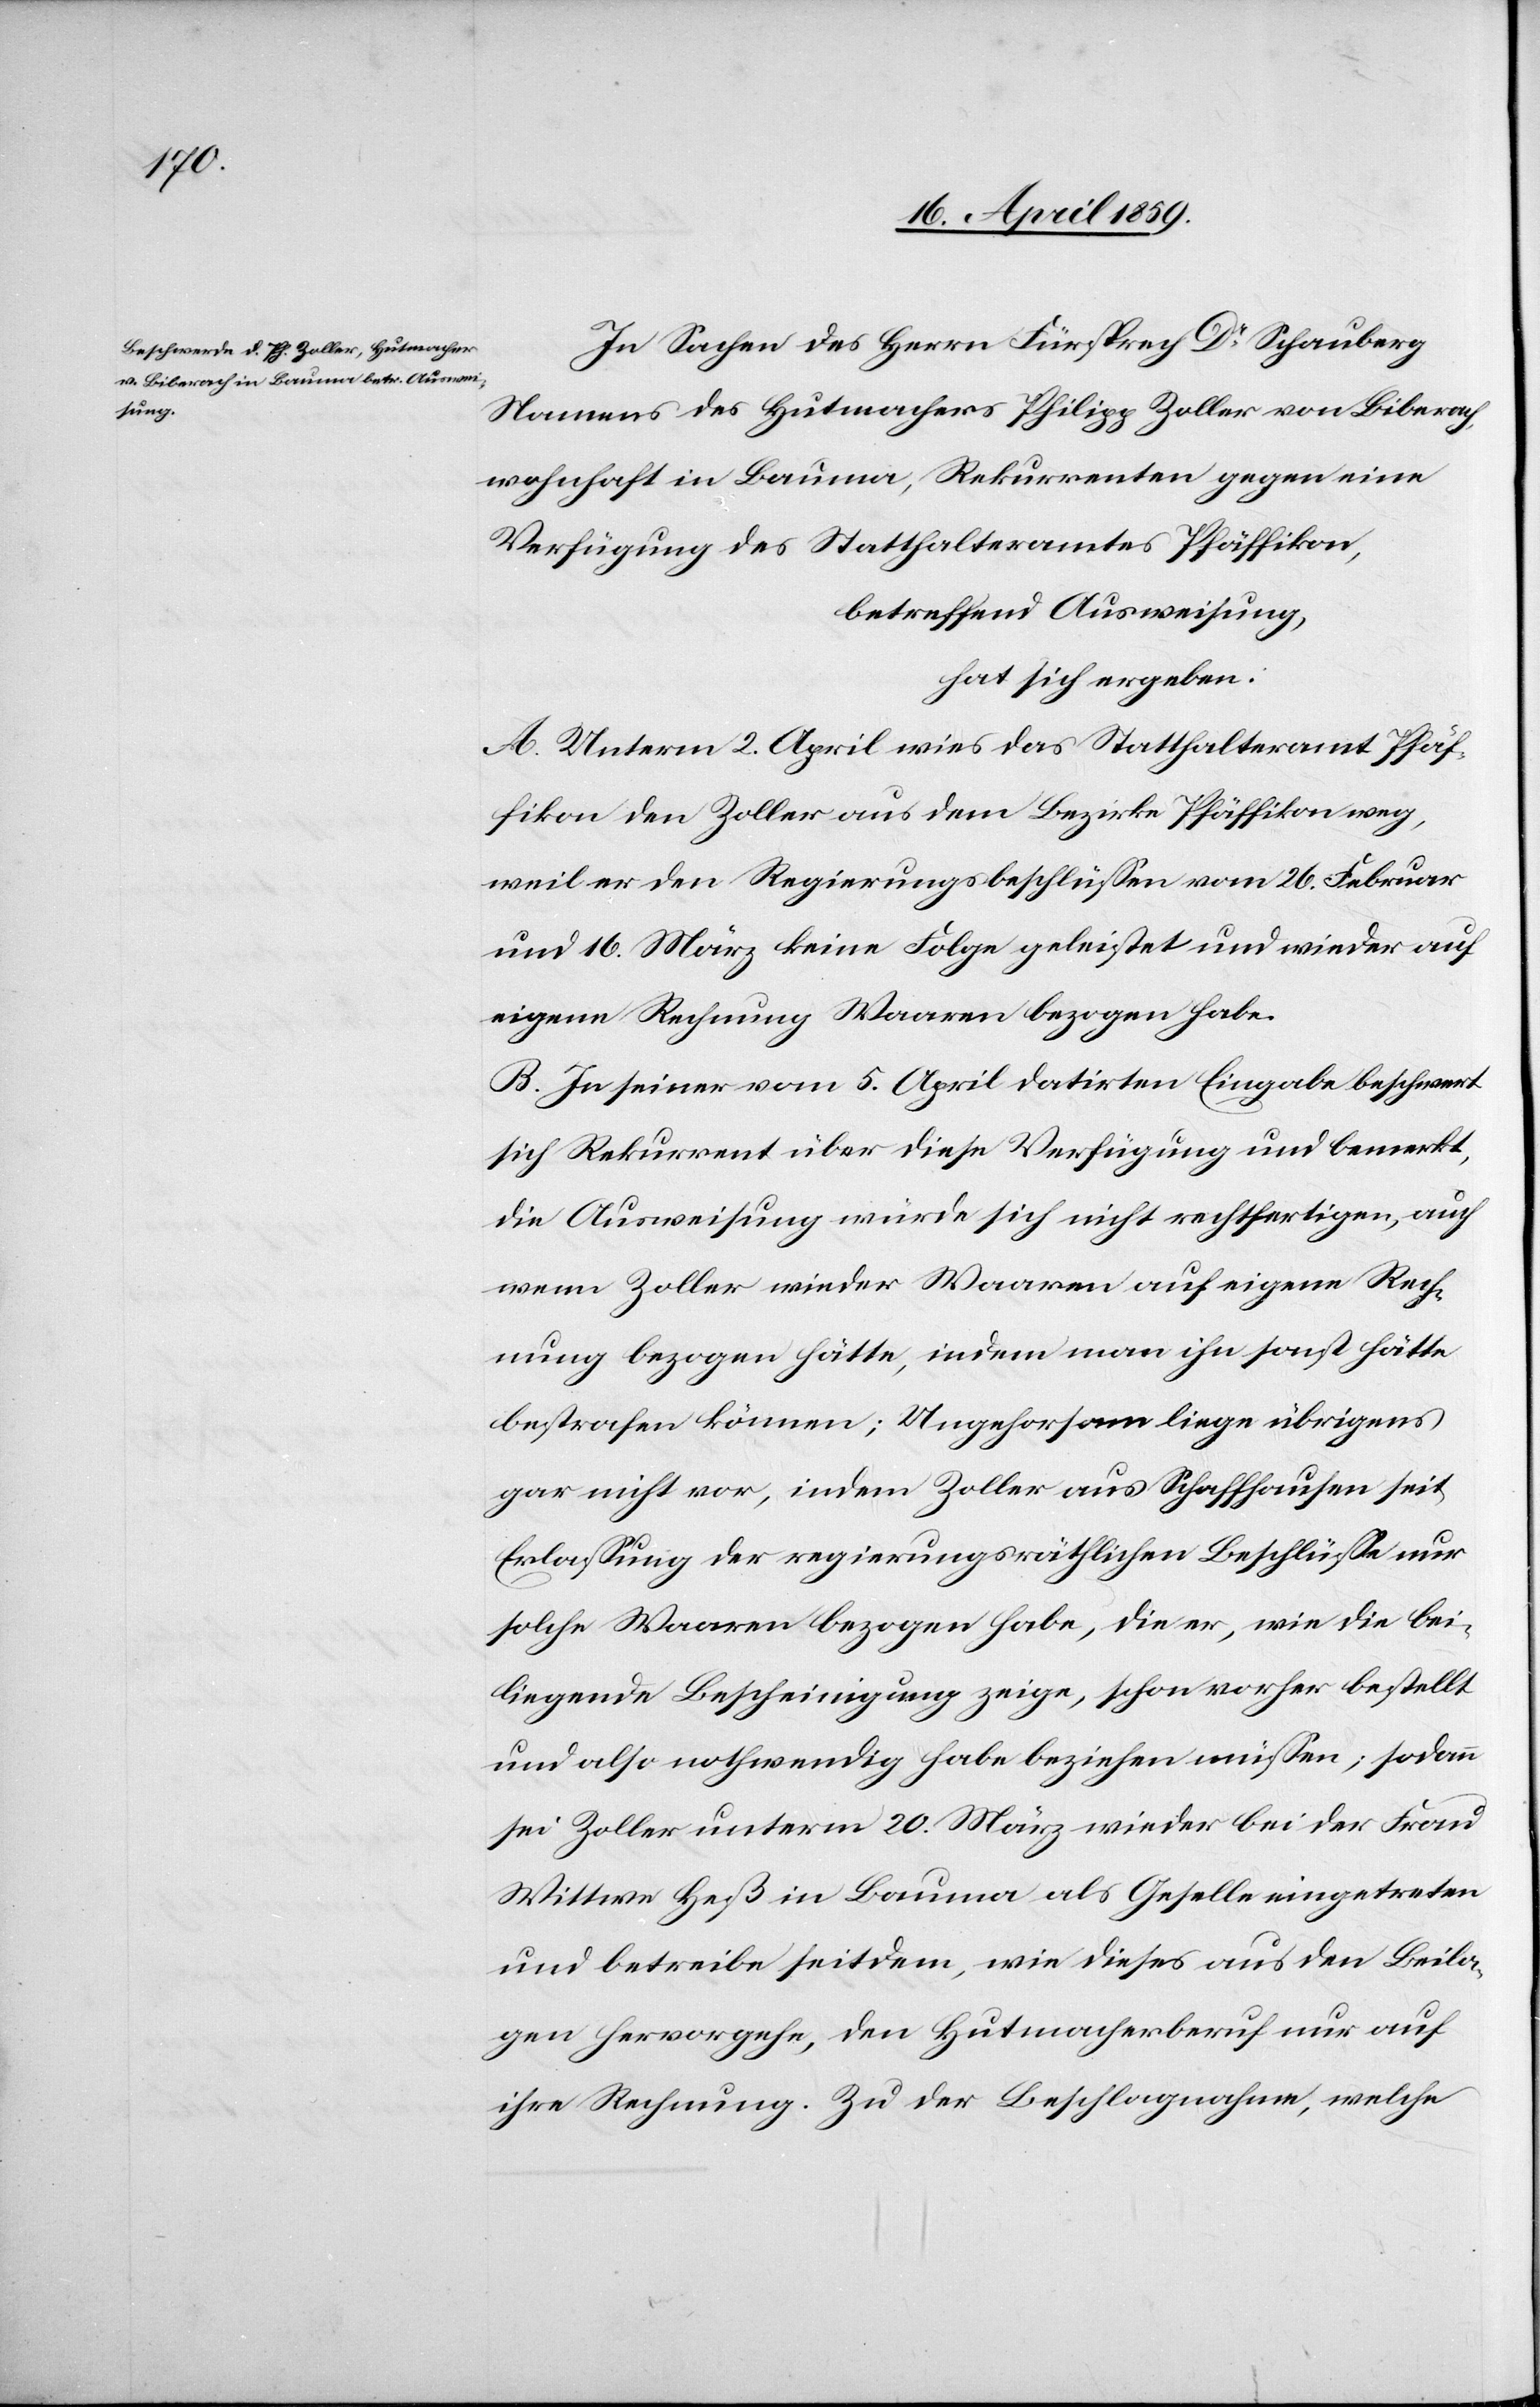
In Sachen des Herrn Fürsprech Dr. Schauberg
Namens des Hutmachers Philipp Zoller von Biberach,
wohnhaft in Bauma, Rekurrenten gegen eine
Verfügung des Statthalteramtes Pfäffikon,
betreffend Ausweisung,
hat sich ergeben:
A. Unterm 2. April wies das Statthalteramt Pfäf¬
fikon den Zoller aus dem Bezirke Pfäffikon weg,
weil er den Regierungsbeschlüßen vom 26. Februar
und 16. März keine Folge geleistet und wieder auf
eigene Rechnung Waaren bezogen habe.
B. In seiner vom 5. April datirten Eingabe beschwert
sich Rekurrent über diese Verfügung und bemerkt,
die Ausweisung würde sich nicht rechtfertigen, auch
wenn Zoller wieder Waaren auf eigene Rech¬
nung bezogen hätte, indem man ihn sonst hätte
bestrafen können; Ungehorsam liege übrigens
gar nicht vor, indem Zoller aus Schaffhausen seit
Erlaßung der regierungsräthlichen Beschlüße nur
solche Waaren bezogen habe, die er, wie die bei¬
liegende Bescheinigung zeige, schon vorher bestellt
und also nothwendig habe beziehen müßen; sodann
sei Zoller unterm 20. März wieder bei der Frau
Wittwe Heß in Bauma als Geselle eingetreten
und betreibe seitdem, wie dieses aus den Beila¬
gen hervorgehe, den Hutmacherberuf nur auf
ihre Rechnung. Zu der Beschlagnahme, welche